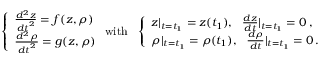
\left\{ \begin{array} { l l } { \frac { d ^ { 2 } z } { { d t } ^ { 2 } } = f ( z , \rho ) } \\ { \frac { d ^ { 2 } \rho } { { d t } ^ { 2 } } = g ( z , \rho ) } \end{array} \right. \mathrm { w i t h } \ \ \left\{ \begin{array} { l l } { z | _ { t = t _ { 1 } } = z ( t _ { 1 } ) , \ \ \frac { d z } { d t } | _ { t = t _ { 1 } } = 0 \, , } \\ { \rho | _ { t = t _ { 1 } } = \rho ( t _ { 1 } ) , \ \ \frac { d \rho } { d t } | _ { t = t _ { 1 } } = 0 \, . } \end{array} \right.